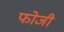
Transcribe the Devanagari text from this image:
फोजी